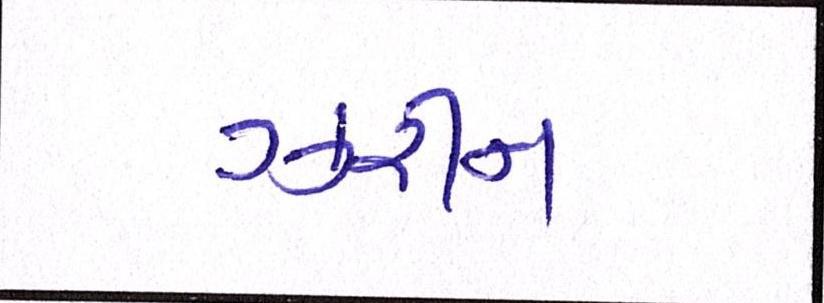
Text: ઝરીન